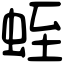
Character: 蛭